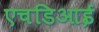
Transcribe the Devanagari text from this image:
एचडिआई